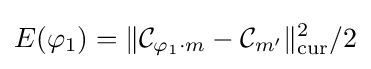
E(\varphi _{1})=\|{\mathcal {C}}_{\varphi _{1}\cdot m}-{\mathcal {C}}_{m^{\prime }}\|_{\mathrm {cur} }^{2}/2